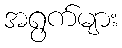
အရွက်များ